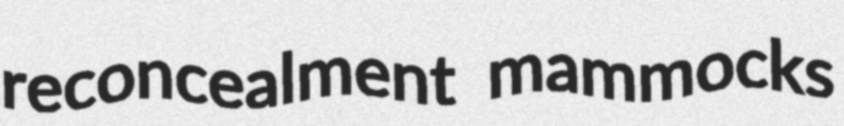
reconcealment mammocks